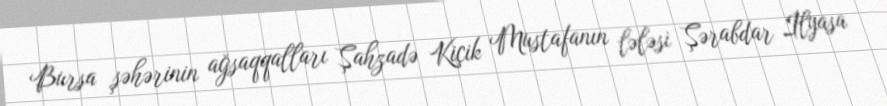
Bursa şəhərinin ağsaqqalları Şahzadə Kiçik Mustafanın lələsi Şərabdar İlyasa